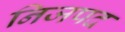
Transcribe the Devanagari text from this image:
निजपद